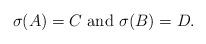
LaTeX: \begin{align*} \sigma(A) = C \mbox{ and } \sigma(B) = D.\end{align*}